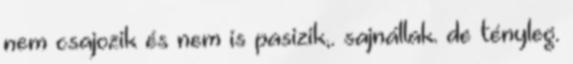
nem csajozik és nem is pasizik,. sajnállak. de tényleg.